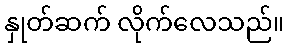
နှုတ်ဆက် လိုက်လေသည်။